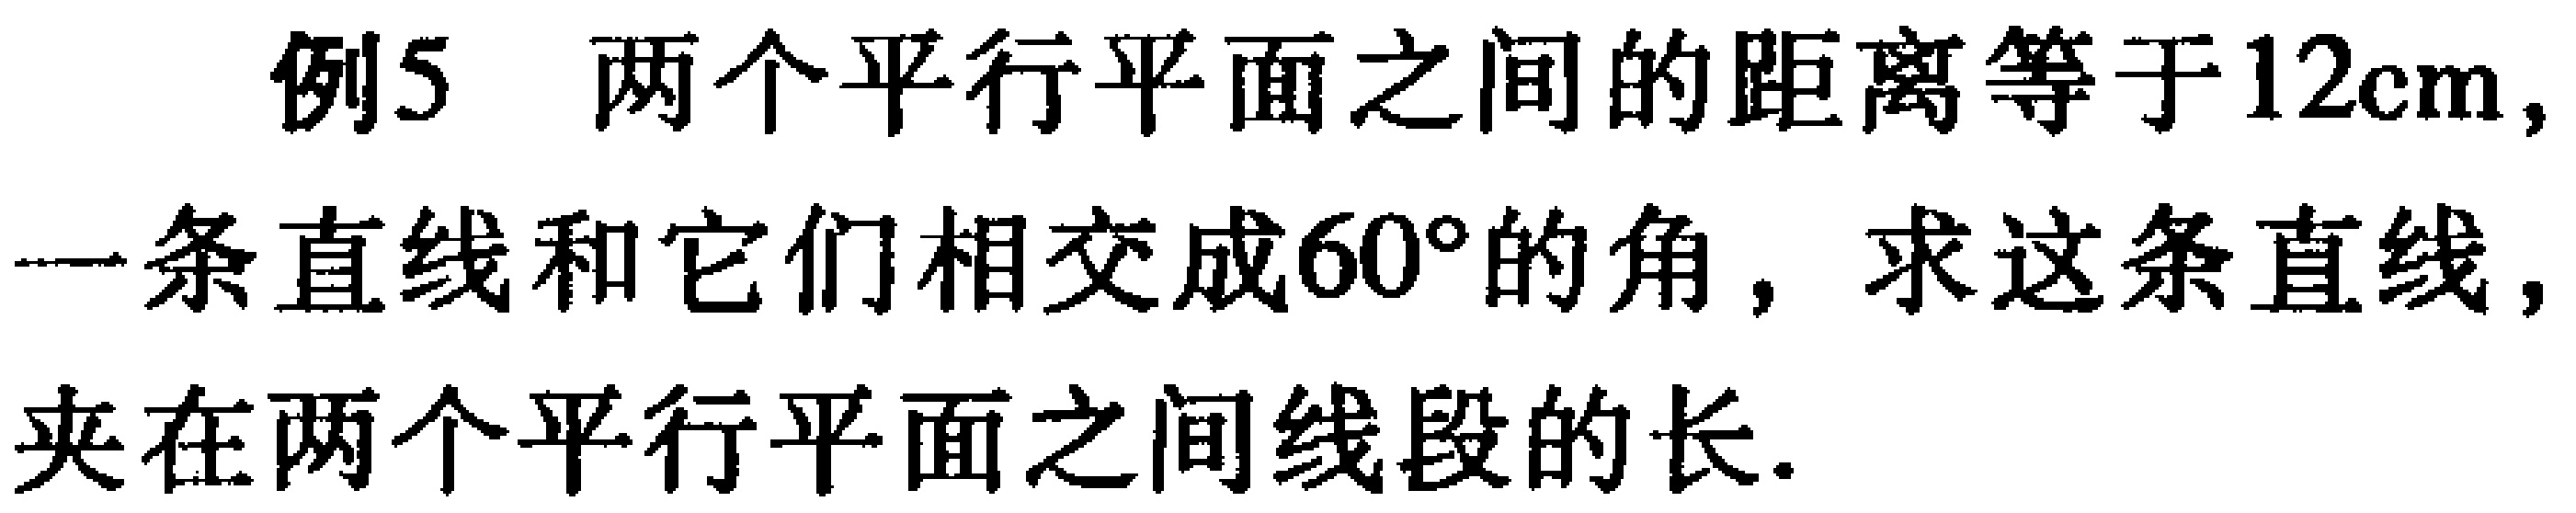
例5 两个平行平面之间的距离等于\(12\text{cm}\)，一条直线和它们相交成\(60^{\circ}\)的角，求这条直线，夹在两个平行平面之间线段的长.